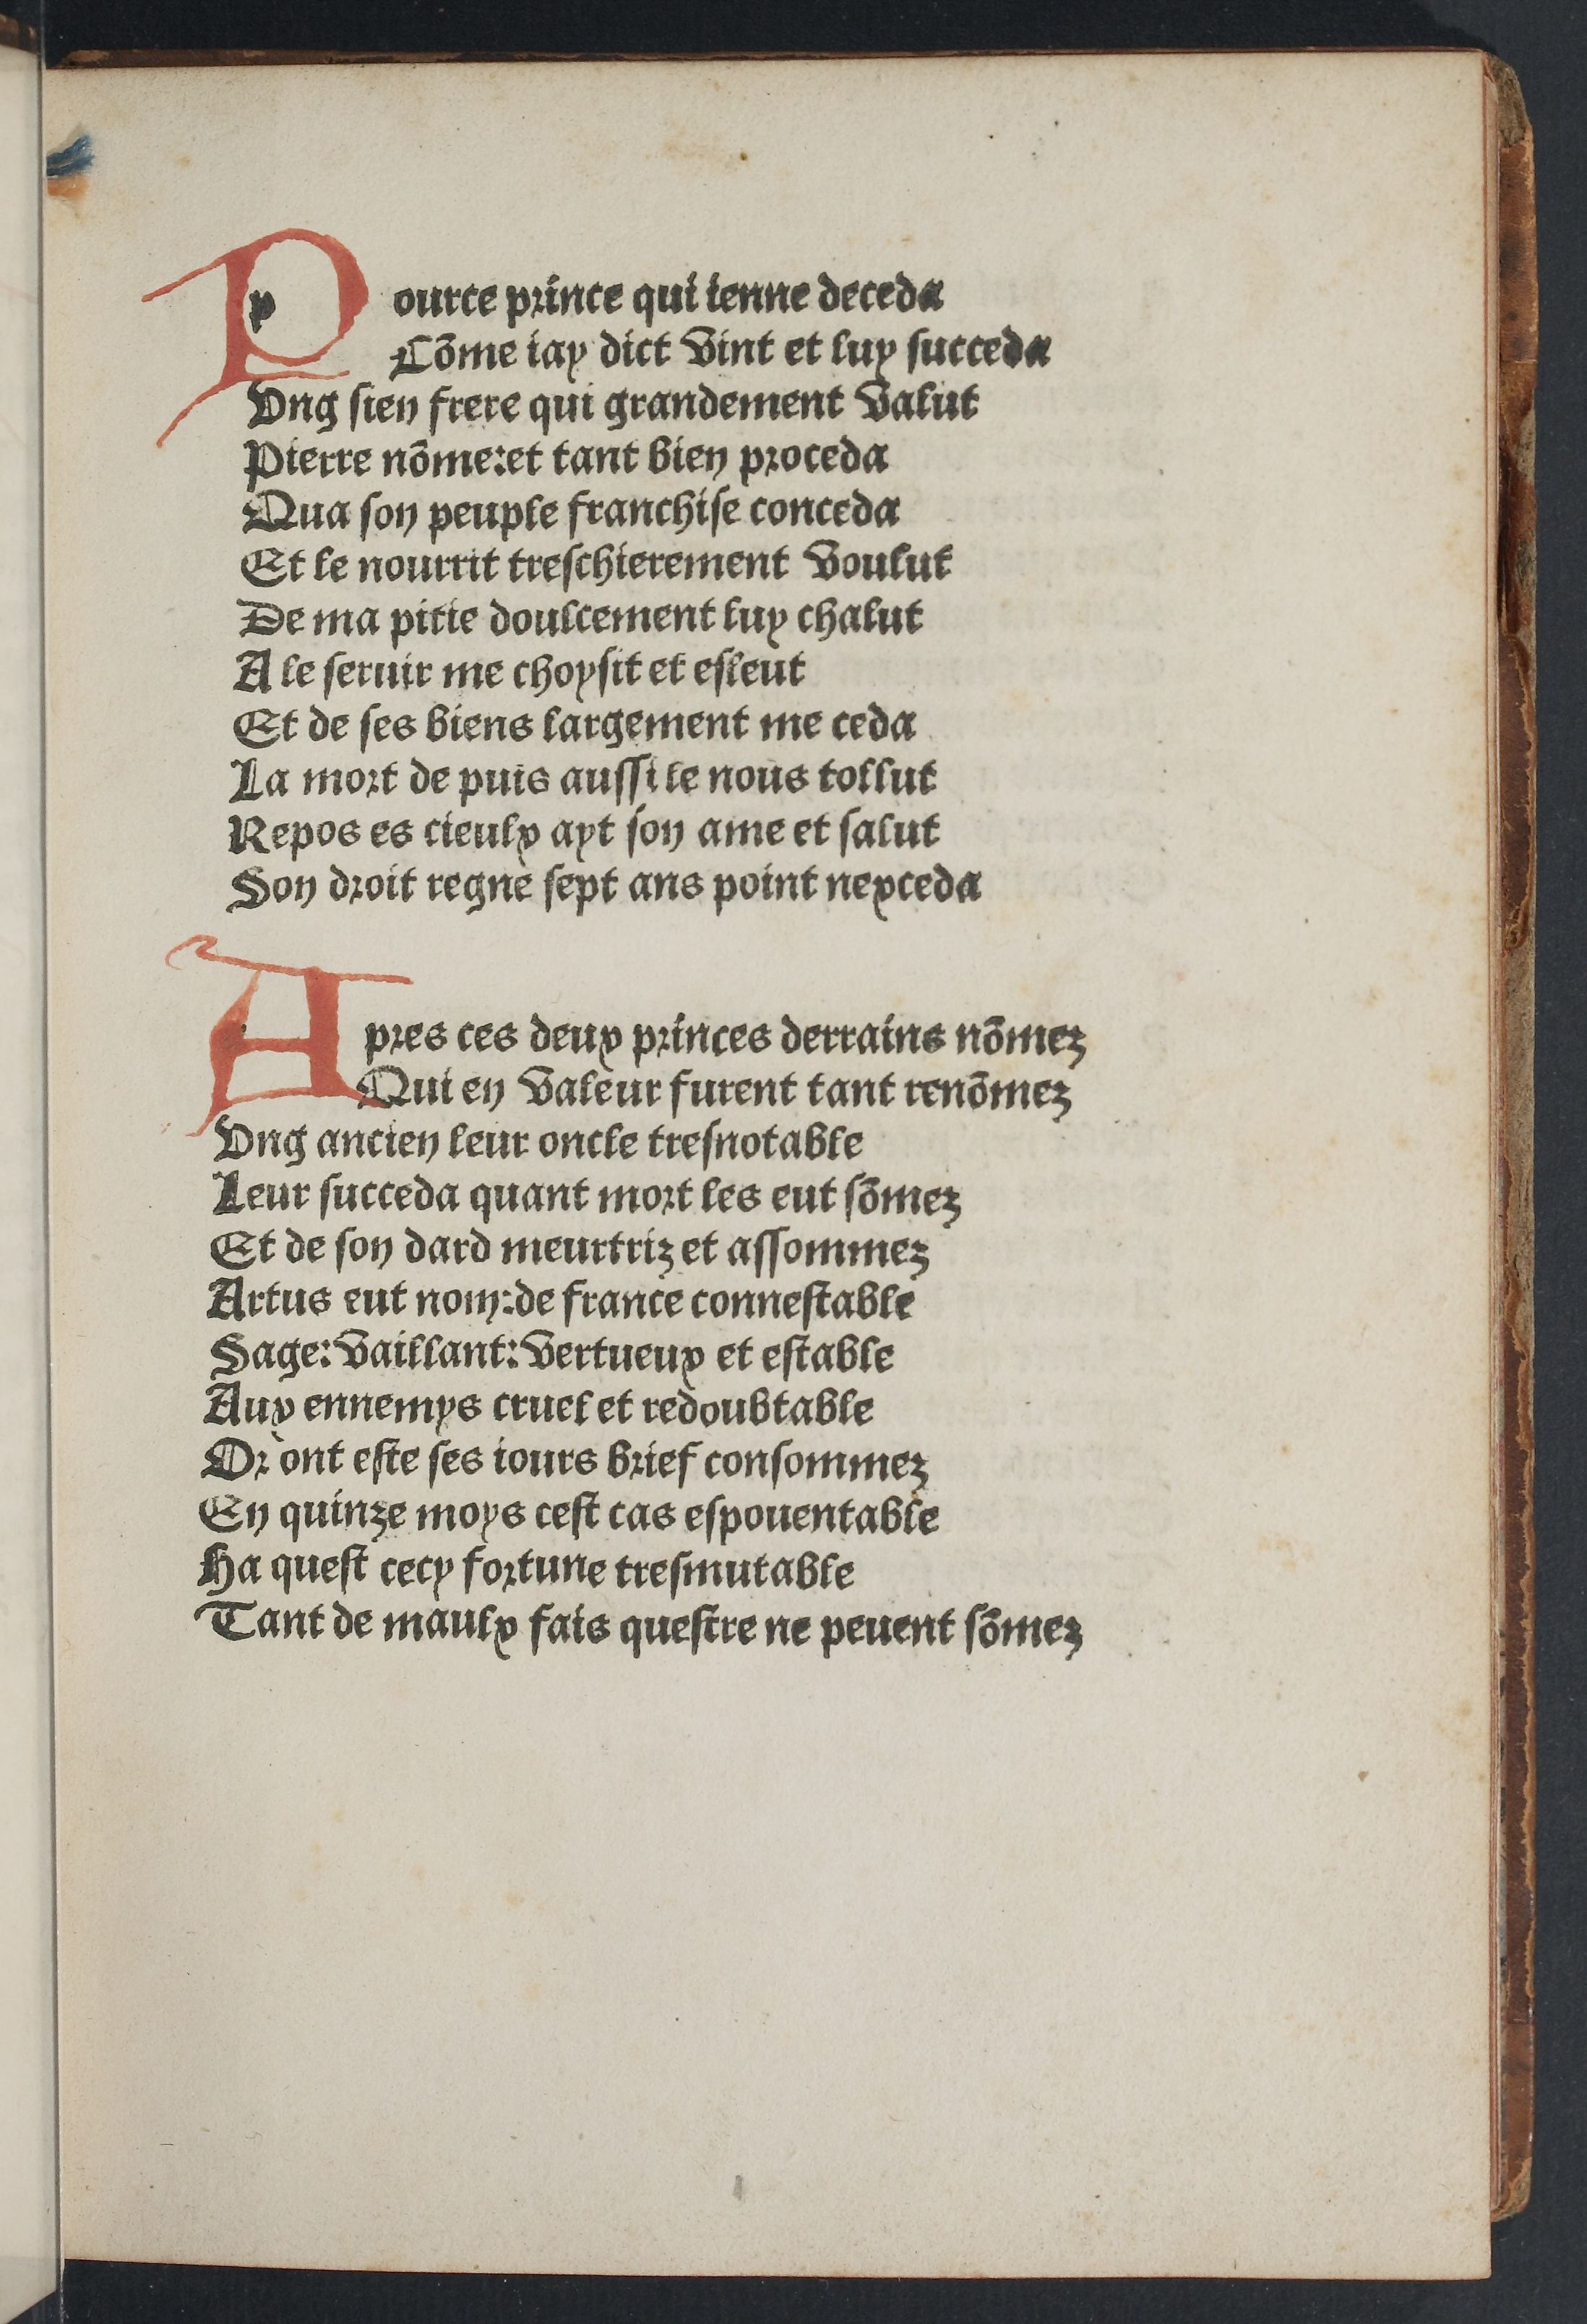
Shelfmark: Paris, BnF, Rés. YE-281
Century: 15